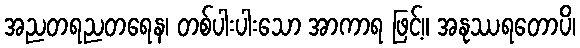
အညတရညတရေန၊ တစ်ပါးပါးသော အာကာရ ဖြင့်။ အနုဿရတောပိ၊